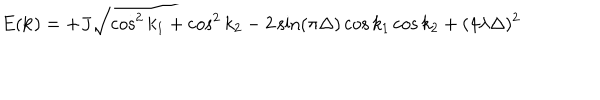
LaTeX: E ( { \bf k } ) = + J \sqrt { \cos ^ { 2 } k _ { 1 } + \cos ^ { 2 } k _ { 2 } - 2 \sin ( \pi \Delta ) \cos k _ { 1 } \cos k _ { 2 } + ( 4 \lambda \Delta ) ^ { 2 } }